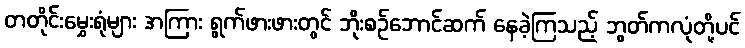
တတိုင်းမွှေးရုံများ အကြား ရွက်ဖားဖားတွင် ဘိုးစဉ်ဘောင်ဆက် နေခဲ့ကြသည့် ဘွတ်ကလုံတို့ပင်